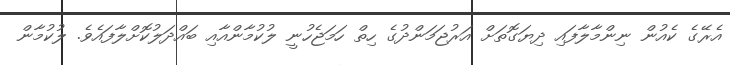
އެރޭގެ ކެއުން ނިންމާލާފައި ދިޔަގޮތަށް އަރުޖަމަންދުގެ ހިތް ހަމަޖެހުނީ ލުކުމާންއާއި ބައްދަލުކޮށްލާފައެވެ. ލުކުމާން